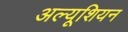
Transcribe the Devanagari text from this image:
अल्यूशियन